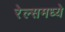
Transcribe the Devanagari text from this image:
रेल्समध्ये